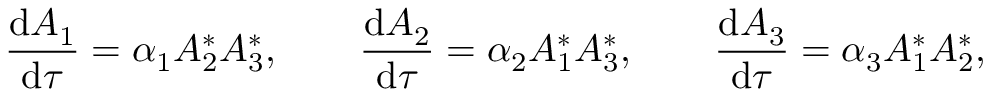
\frac { \mathrm { d } { A _ { 1 } } } { \mathrm { d } { \tau } } = \alpha _ { 1 } A _ { 2 } ^ { * } A _ { 3 } ^ { * } , \qquad \frac { \mathrm { d } { A _ { 2 } } } { \mathrm { d } { \tau } } = \alpha _ { 2 } A _ { 1 } ^ { * } A _ { 3 } ^ { * } , \qquad \frac { \mathrm { d } { A _ { 3 } } } { \mathrm { d } { \tau } } = \alpha _ { 3 } A _ { 1 } ^ { * } A _ { 2 } ^ { * } ,